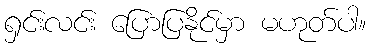
ရှင်းလင်း ပြောပြနိုင်မှာ မဟုတ်ပါ။